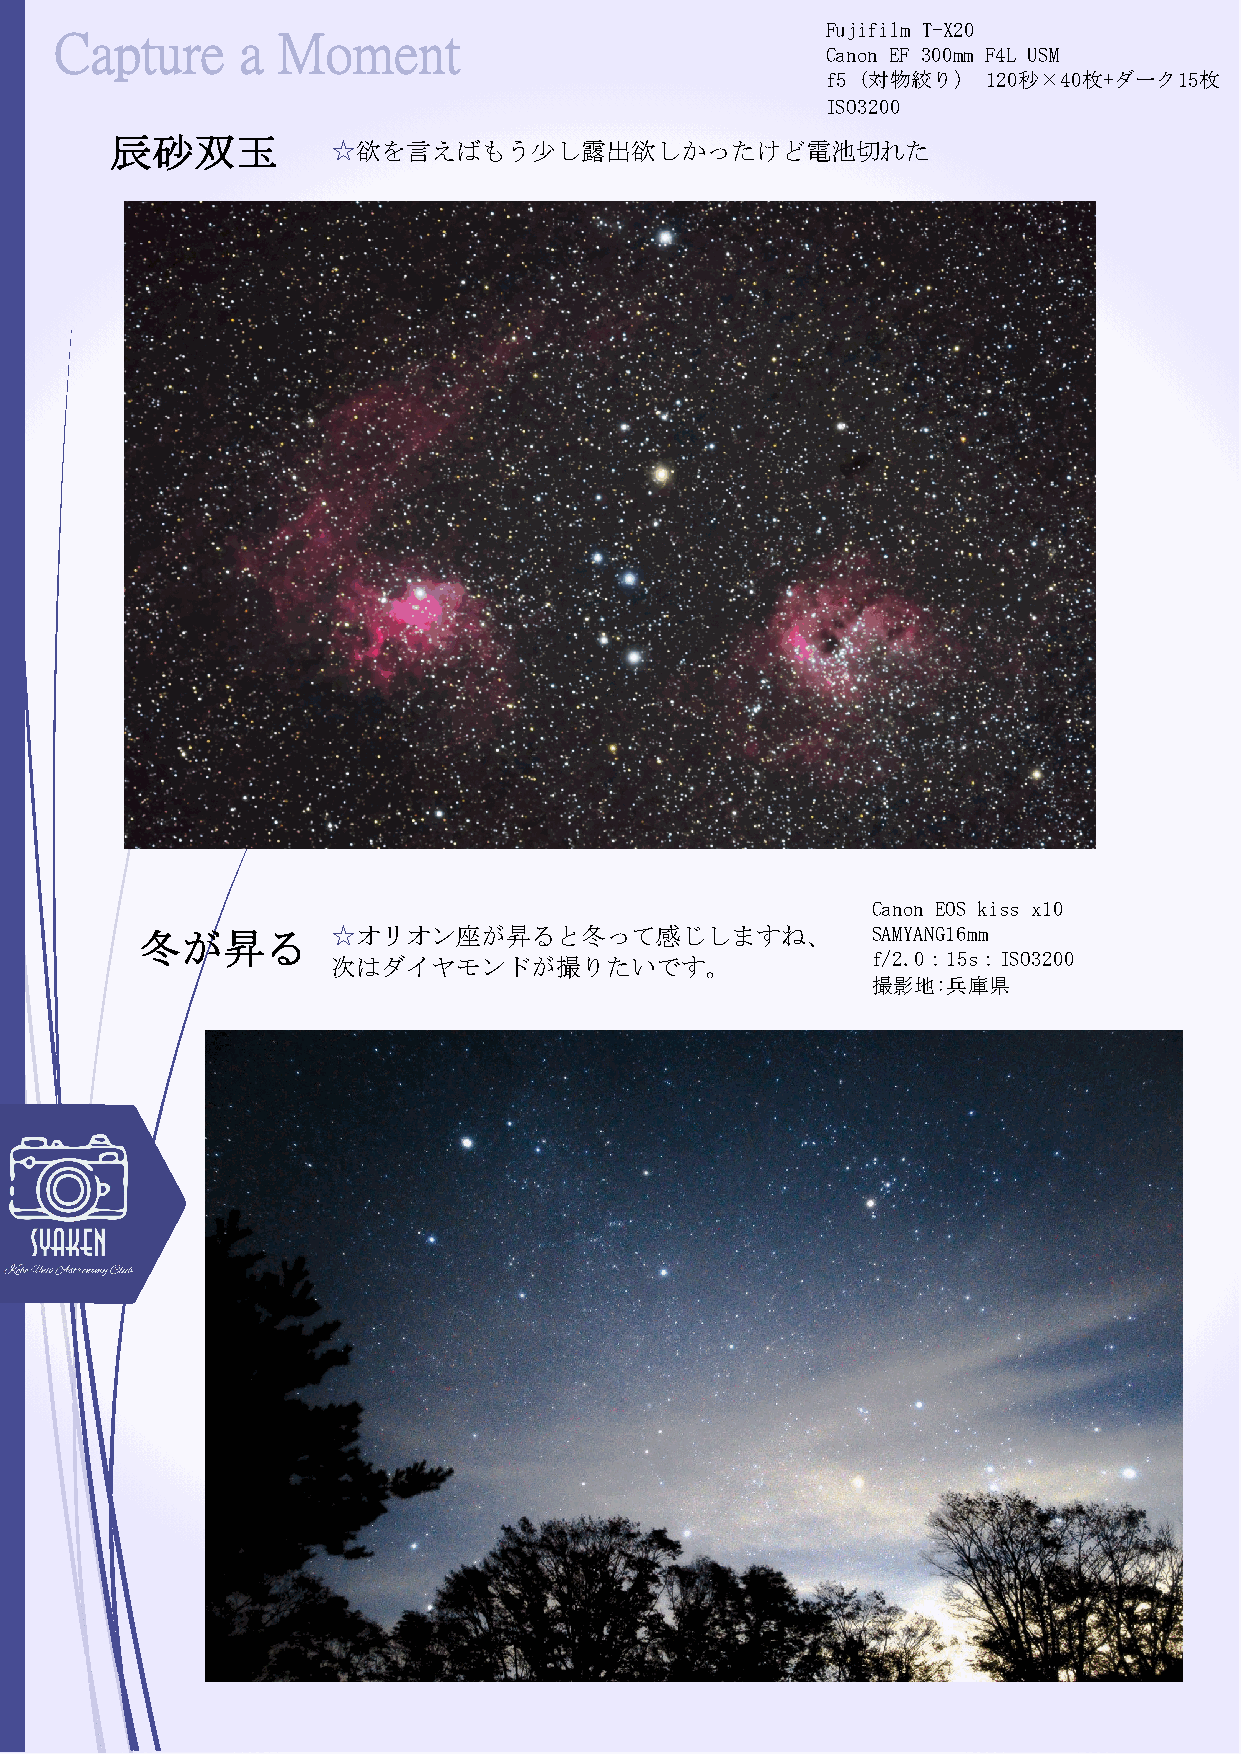
Fujifilm T-X20
 Capture     a Moment
 Canon EF 300mm F4L USM
 f5 (対物絞り) 120秒×40枚+ダーク15枚
 ISO3200
 辰砂双玉
 ☆欲を言えばもう少し露出欲しかったけど電池切れた
 Canon EOS kiss x10
 冬が昇る         ☆オリオン座が昇ると冬って感じしますね、                SAMYANG16mm
 f/2.0：15s：ISO3200
 次はダイヤモンドが撮りたいです。
 撮影地:兵庫県